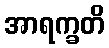
အာရက္ခတိ